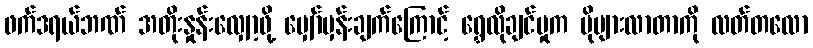
ဖက်ဒရယ်ဘဏ် အတိုးနှုန်းလျှော့ဖို့ မျှော်မှန်းချက်ကြောင့် ရွှေလိုချင်မှုက ပိုများလာတာကို လတ်တလော